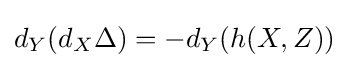
d_{Y}(d_{X}\Delta )=-d_{Y}(h(X,Z))